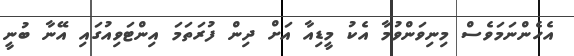
އެހެންނަމަވެސް މިނިވަންވުމާ އެކު މީޑިއާ އަށް ދިން ފުރަތަމަ އިންޓަވިއުގައި އޭނާ ބުނީ